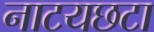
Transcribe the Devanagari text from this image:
नाटयछटा